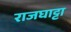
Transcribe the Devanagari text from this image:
राजघाट्टा